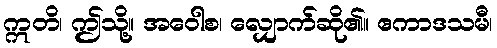
ဣတိ၊ ဤသို့။ အဝေါစ၊ လျှောက်ဆို၏။ ဧကာဒသမီ၊